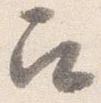
召